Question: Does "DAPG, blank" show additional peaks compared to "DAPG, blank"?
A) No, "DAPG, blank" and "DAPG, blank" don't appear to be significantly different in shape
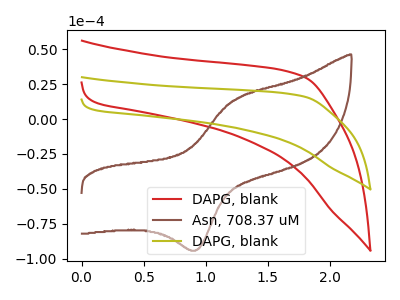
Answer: <think>The red curve "DAPG, blank" has no peaks. The brown curve "Asn, 708.37 uM" has an anodic peak at (1.20V, 13.05uA) and a cathodic peak at (0.95V, -93.75uA). The olive curve "DAPG, blank" has no peaks.
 Neither "DAPG, blank" or "DAPG, blank" have any peaks.</think>
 <answer>A) No, "DAPG, blank" and "DAPG, blank" don't appear to be significantly different in shape</answer>
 <eval>A</eval>